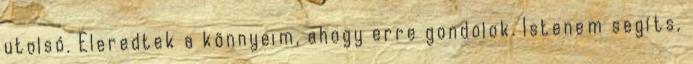
utolsó. Eleredtek a könnyeim, ahogy erre gondolok. Istenem segíts,